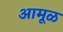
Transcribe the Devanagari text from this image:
आमूळ